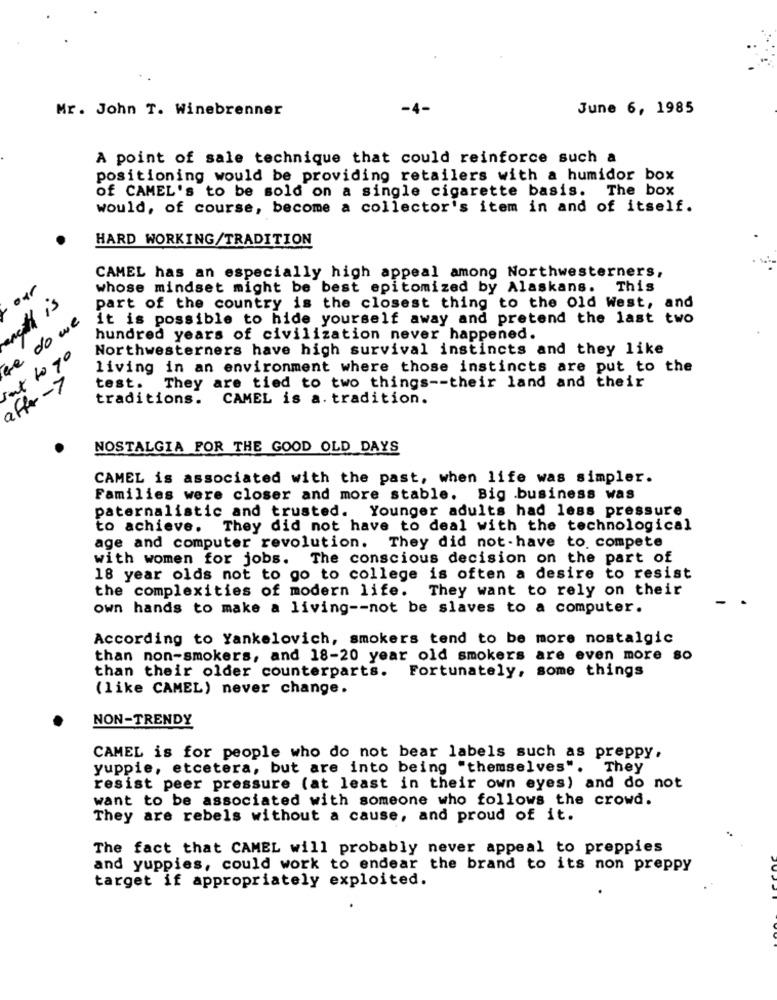
Mr. John T. Winebrenner
-4
June 6, 1985
A point of sale technique that could reinforce such a
positioning would be providing retailers with a humidor box
of CAMEL's to be sold on a single cigarette basis. The box
would, of course, become a collector's item in and of itself.
HARD WORKING/TRADITION
CAMEL has an especially high appeal among Northwesterners,
whose mindset might be best epitomized by Alaskans. This
not is
part of the country is the closest thing to the old West, and
e do we
it is possible to hide yourself away and pretend the last two
hundred years of civilization never happened.
Northwesterners have high survival instincts and they like
rat to go
living in an environment where those instincts are put to the
affer-7
test. They are tied to two things -- their land and their
traditions. CAMEL is a. tradition.
NOSTALGIA FOR THE GOOD OLD DAYS
CAMEL is associated with the past, when life was simpler.
Families were closer and more stable. Big business was
paternalistic and trusted. Younger adults had less pressure
to achieve. They did not have to deal with the technological
age and computer revolution. They did not- have to. compete
with women for jobs. The conscious decision on the part of
18 year olds not to go to college is often a desire to resist
the complexities of modern life.
They want to rely on their
own hands to make a living -- not be slaves to a computer.
According to Yankelovich, smokers tend to be more nostalgic
than non-smokers, and 18-20 year old smokers are even more so
than their older counterparts. Fortunately, some things
(like CAMEL) never change.
NON-TRENDY
CAMEL is for people who do not bear labels such as preppy,
yuppie, etcetera, but are into being "themselves". They
resist peer pressure (at least in their own eyes) and do not
want to be associated with someone who follows the crowd.
They are rebels without a cause, and proud of it.
The fact that CAMEL will probably never appeal to preppies
and yuppies, could work to endear the brand to its non preppy
target if appropriately exploited.